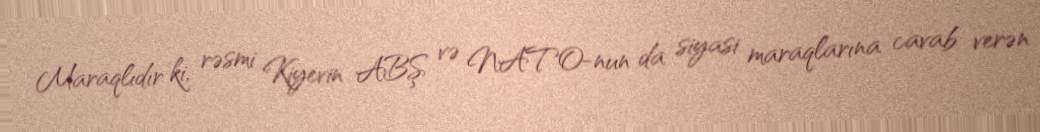
Maraqlıdır ki, rəsmi Kiyevin ABŞ və NATO-nun da siyasi maraqlarına cavab verən